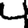
Digit: 4